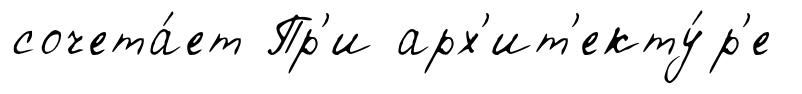
сочета́ет Пр'и арх'ит'екту́р'е